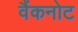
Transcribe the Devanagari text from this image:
वैंकनोट